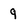
Character: 9